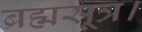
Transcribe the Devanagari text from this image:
ब्रह्मसूत्र।